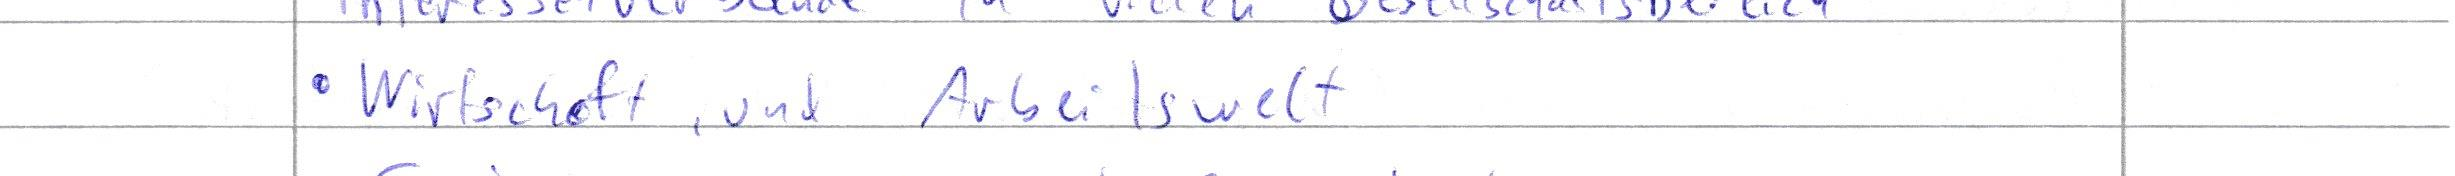
Wirtschaft und Arbeitswelt